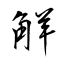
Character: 觧